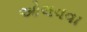
ઓલવવા